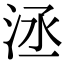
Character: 洆